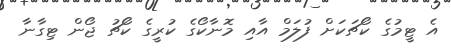
އެ ޓީމުގެ ކޯޗަކަށް ފުލަމް އާއި މޮނާކޯގެ ކުރީގެ ކޯޗު ޖޯން ޓިގާނާ